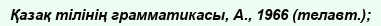
Қазақ тілінің грамматикасы, А., 1966 (телавт.);